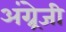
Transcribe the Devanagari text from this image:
अंग्र्रेजी